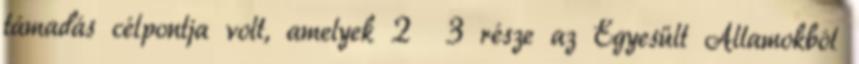
támadás célpontja volt, amelyek 2 3 része az Egyesült Államokból